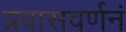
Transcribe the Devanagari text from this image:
प्रवासवर्णनं